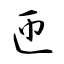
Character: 匝